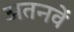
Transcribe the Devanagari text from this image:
अतनवें